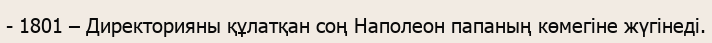
- 1801 – Директорияны құлатқан соң Наполеон папаның көмегіне жүгінеді.